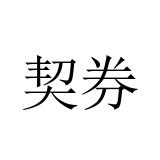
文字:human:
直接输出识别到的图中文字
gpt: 契券